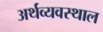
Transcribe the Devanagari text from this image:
अर्थव्यवस्थाल